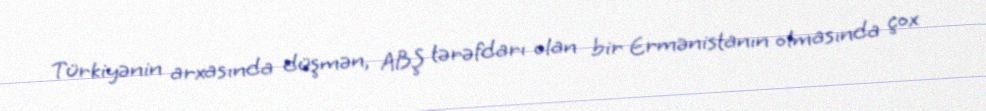
Türkiyənin arxasında düşmən, ABŞ tərəfdarı olan bir Ermənistanın olmasında çox